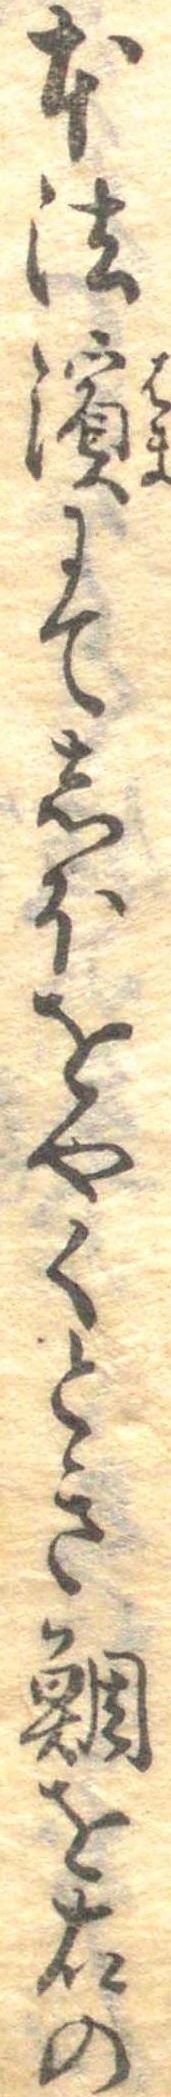
本法浜にてしほをやくとき鯛を右の